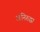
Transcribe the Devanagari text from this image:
अनिरुद्धा